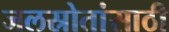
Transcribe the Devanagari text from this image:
जलस्रोतांसाठी